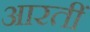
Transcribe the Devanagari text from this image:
आरतीं